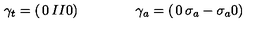
\gamma _ { t } = \left( \begin{matrix} { 0 } & { I } \\ { \noalign { \smallskip } I } & { 0 } \\ \end{matrix} \right) \qquad \qquad \gamma _ { a } = \left( \begin{matrix} { 0 } & { \sigma _ { a } } \\ { \noalign { \smallskip } - \sigma _ { a } } & { 0 } \\ \end{matrix} \right)